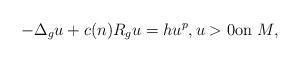
LaTeX: \begin{align*}- \Delta_g u+ c(n)R_g u=hu^p,u>0 \mbox{on }M,\end{align*}